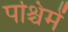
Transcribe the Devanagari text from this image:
पश्चिमें